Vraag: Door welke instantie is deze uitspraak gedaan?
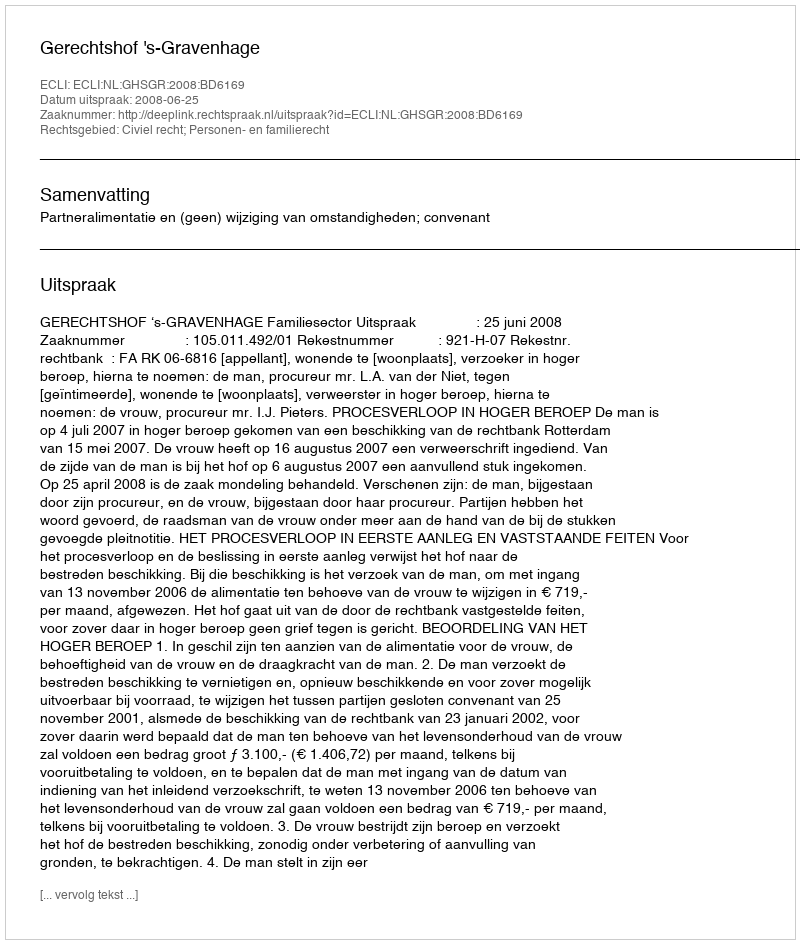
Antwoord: Gerechtshof 's-Gravenhage